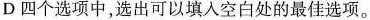
D四个选项中,选出可以填入空白处的最佳选项。